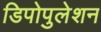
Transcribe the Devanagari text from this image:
डिपोपुलेशन